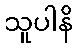
သူပါနိ